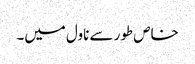
خاص طور سے ناول میں۔